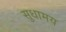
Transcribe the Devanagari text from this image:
सुधामय